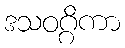
ဒသဝဂ္ဂိကာ